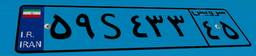
۳۳S۹۹۶۸۴